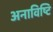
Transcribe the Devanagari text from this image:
अनाविष्टि